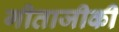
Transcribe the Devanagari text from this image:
गीताजीकी